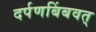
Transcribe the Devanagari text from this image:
दर्पणबिंबवत्